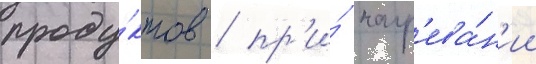
проду́ктов / пр'и́ нагр'ева́н'ии